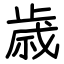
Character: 歳